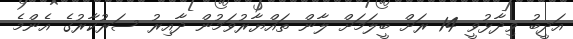
އަދީބު ވިދާޅުވީ 14 ރަށް ބީލަމަށް ލާން ތައްޔާރުވަމުން ދާއިރު ސަރުކާރުގެ އެންމެ